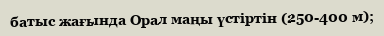
батыс жағында Орал маңы үстіртін (250-400 м);